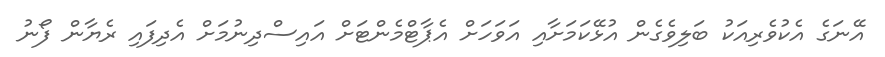
އޭނަގެ އެކުވެރިއަކު ބަލިވެގެން އުޅޭކަމަށާއި އަވަހަށް އެޕާޓްމެންޓަށް އައިސްދިނުމަށް އެދިފައި ރެޔާން ފޯނު